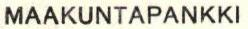
MAAKUNTAPANKKI